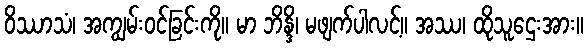
ဝိဿာသံ၊ အကျွမ်းဝင်ခြင်းကို။ မာ ဘိန္ဒိ၊ မဖျက်ပါလင့်။ အဿ၊ ထိုသူဌေးအား။